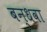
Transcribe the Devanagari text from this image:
बन्धवा